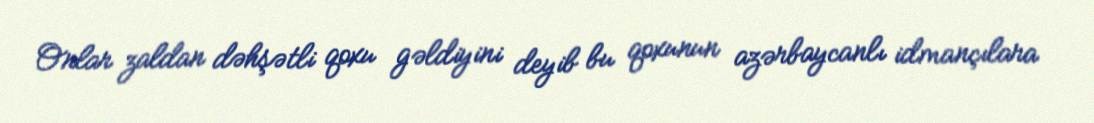
Onlar zaldan dəhşətli qoxu gəldiyini deyib bu qoxunun azərbaycanlı idmançılara